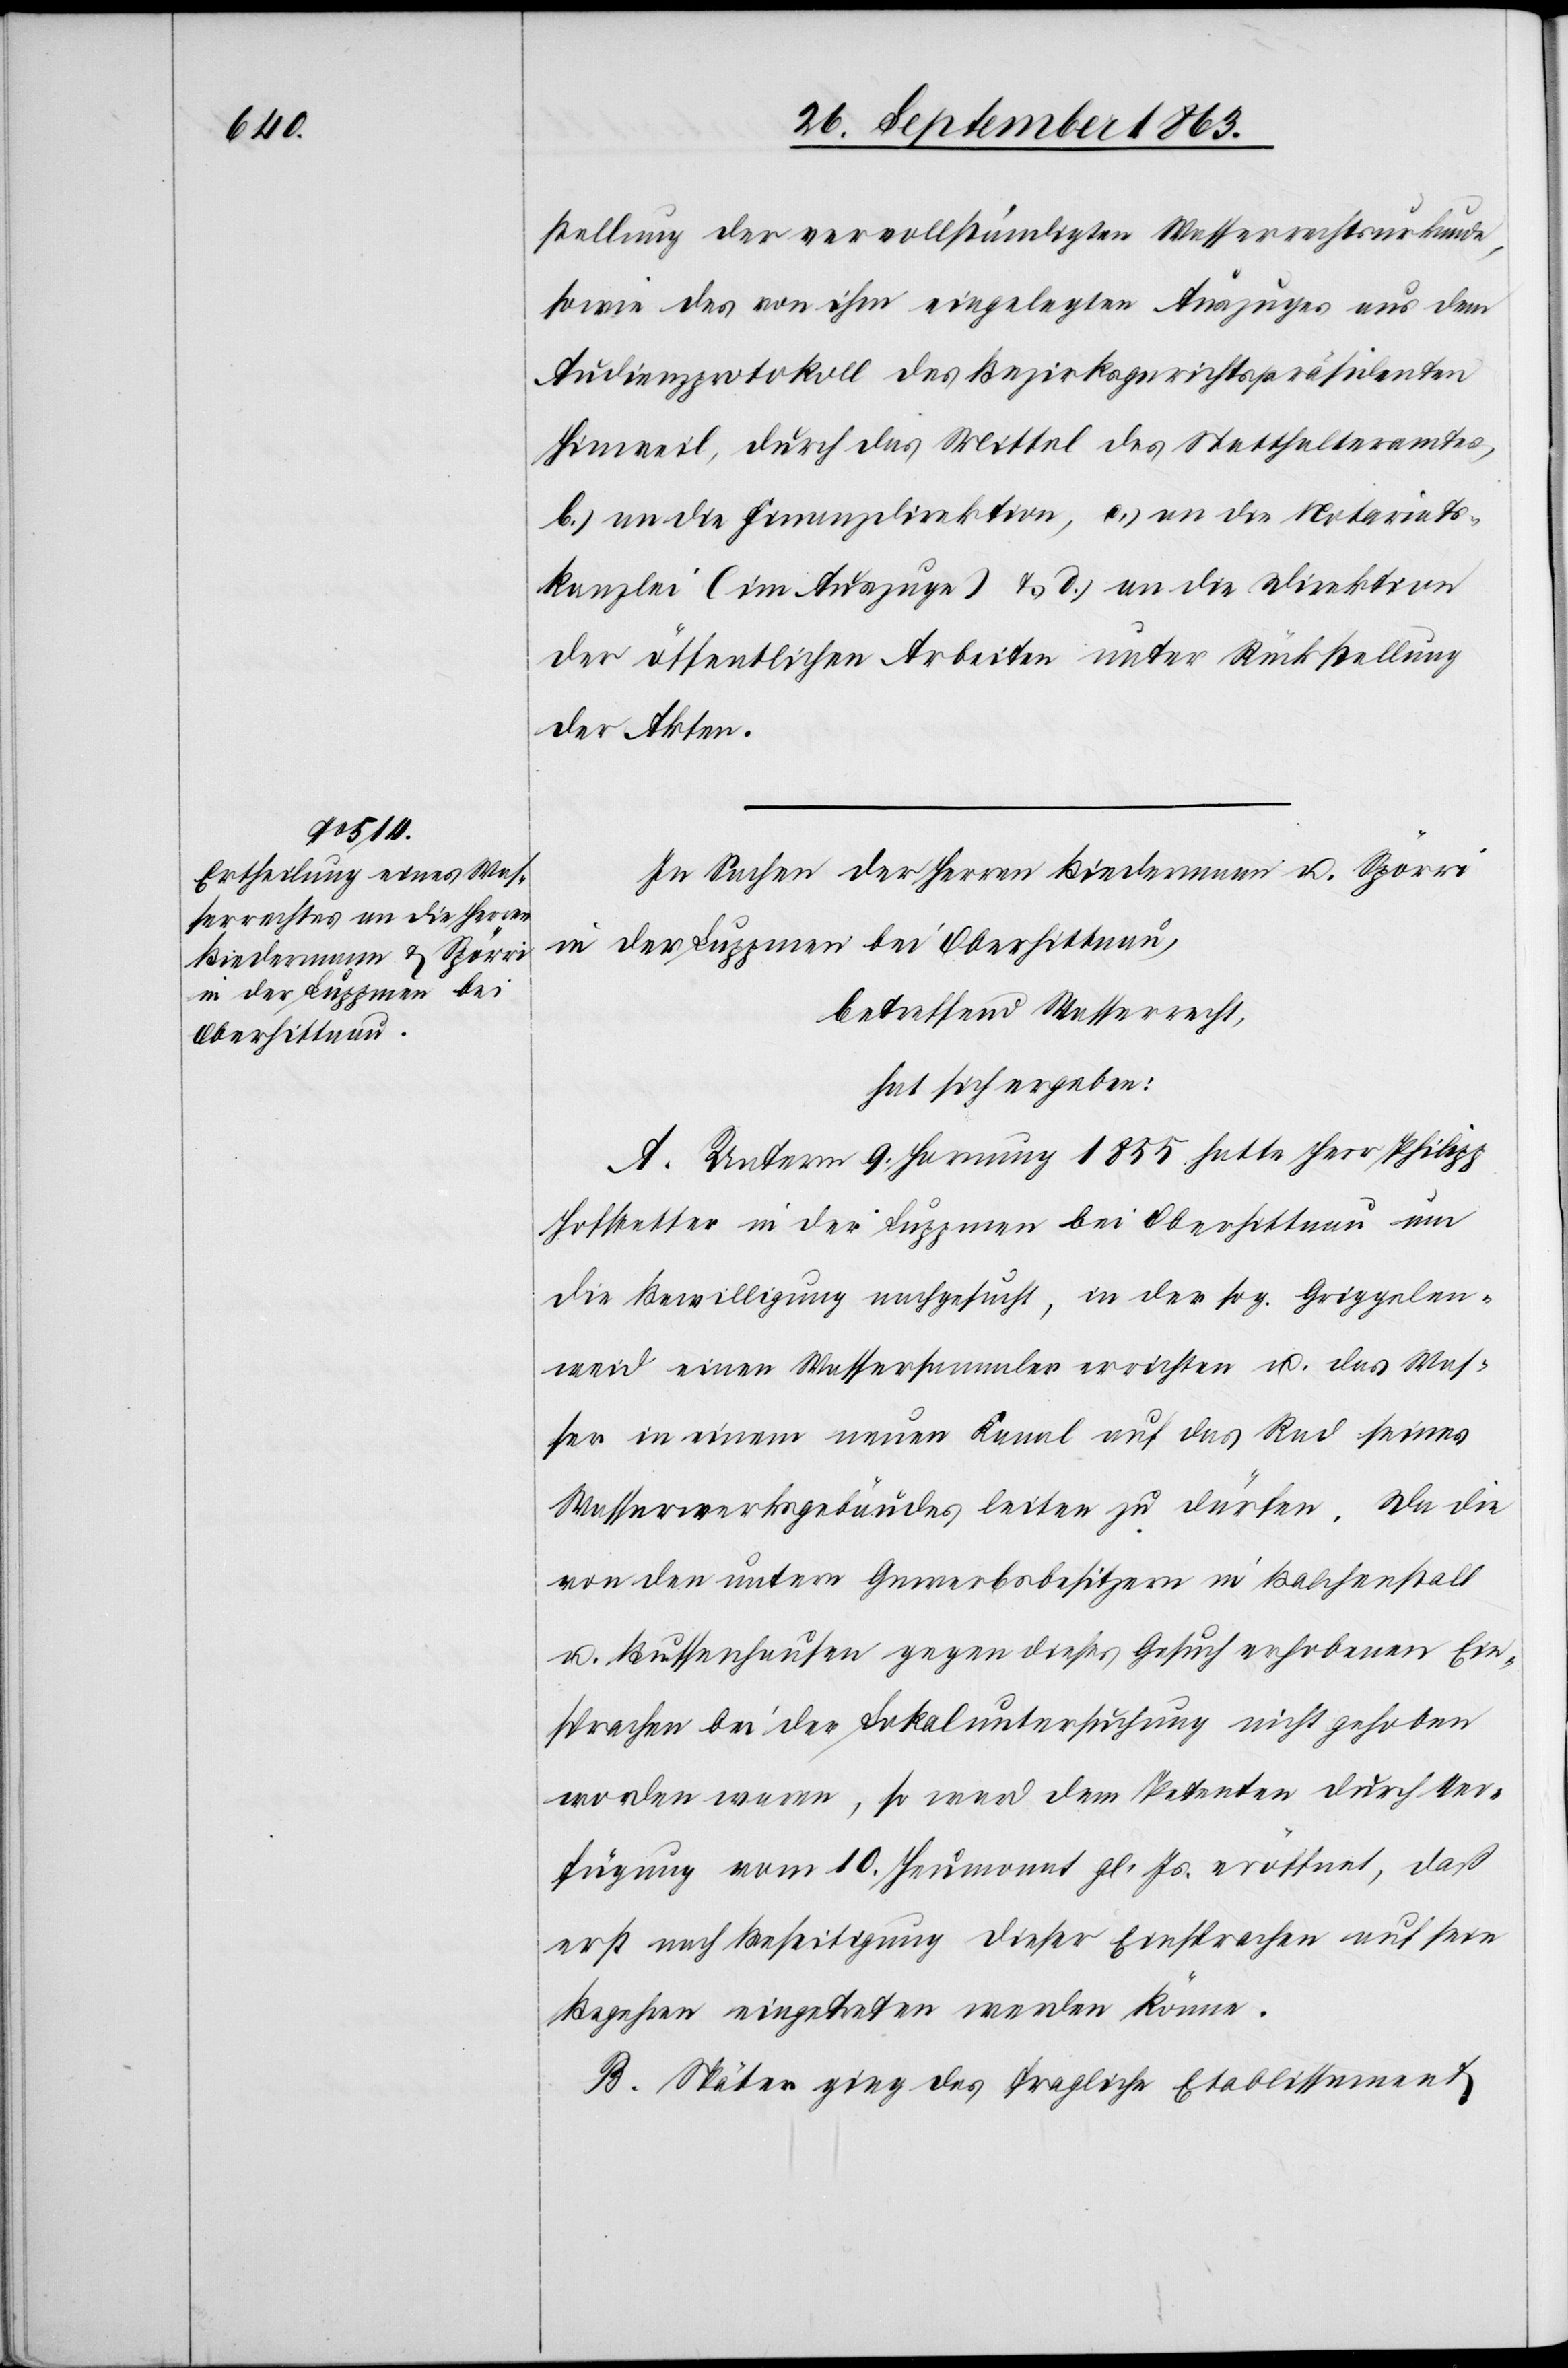
stellung der vervollständigten Wasserrechtsurkunde,
sowie des von ihm eingelegten Auszuges aus dem
Audienzprotokoll des Bezirksgerichtspräsidenten
Hinweil, durch das Mittel des Statthalteramtes,
b.) an die Finanzdirektion, c.) an die Notariats¬
kanzlei (im Auszuge) & d.) an die Direktion
der öffentlichen Arbeiten unter Rückstellung
der Akten.
In Sachen der Herren Biedermann u. Spörri
in der Luppmen bei Oberhittnau,
betreffend Wasserrecht,
hat sich ergeben:
A. Unterm 9. Hornung 1855 hatte Herr Philipp
Hofstetter in der Luppmen bei Oberhittnau um
die Bewilligung nachgesucht, in der sog. Griggelen¬
weid einen Wassersammler errichten u. das Was¬
ser in einem neuen Kanal auf das Rad seines
Wasserwerksgebäudes leiten zu dürfen. Da die
von den untern Gewerbsbesitzern in Balchenstall
u. Bussenhausen gegen dieses Gesuch erhobenen Ein¬
sprachen bei der Lokaluntersuchung nicht gehoben
worden waren, so ward dem Petenten durch Ver¬
fügung vom 10. Herbstmonat gl. Js. eröffnet, daß
erst nach Beseitigung dieser Einsprachen auf sein
Begehren eingetreten werden könne.
B. Später ging das fragliche Etablissement